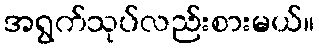
အရွက်သုပ်လည်းစားမယ်။